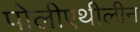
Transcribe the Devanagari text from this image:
पोलीएथीलीन